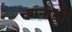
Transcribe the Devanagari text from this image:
बानोली